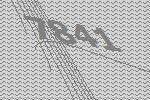
7841